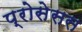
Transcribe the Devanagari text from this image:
प्रोसेसस